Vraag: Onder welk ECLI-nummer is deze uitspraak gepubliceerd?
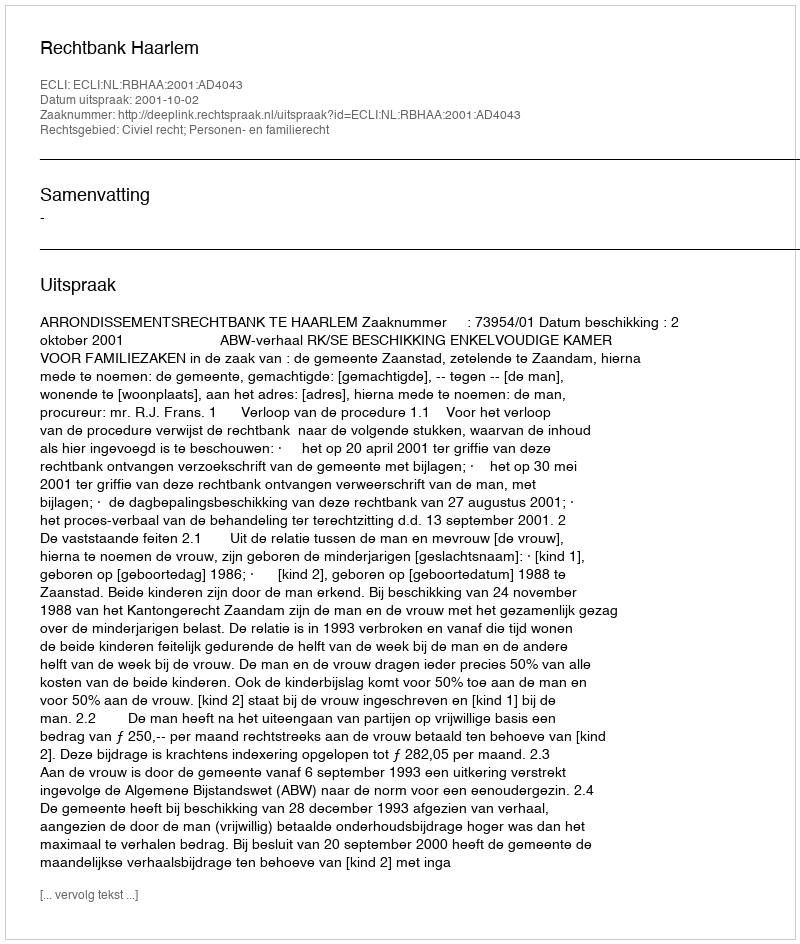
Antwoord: ECLI:NL:RBHAA:2001:AD4043